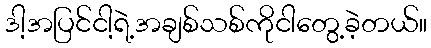
ဒါ့အပြင်ငါ့ရဲ့အချစ်သစ်ကိုငါတွေ့ခဲ့တယ်။